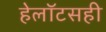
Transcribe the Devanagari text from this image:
हेलॉटसही